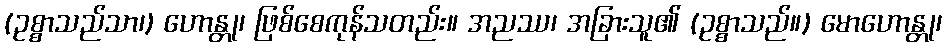
(ဥစ္စာသည်သာ၊) ဟောန္တု၊ ဖြစ်စေကုန်သတည်း။ အညဿ၊ အခြားသူ၏ (ဥစ္စာသည်။) မောဟောန္တု၊